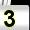
Digit: 3